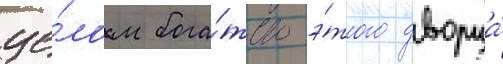
це́лом бога́тство э́того дворца́